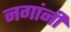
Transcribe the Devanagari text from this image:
नगांनी